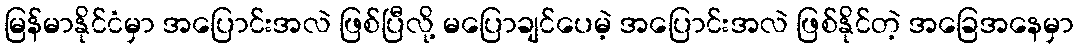
မြန်မာနိုင်ငံမှာ အပြောင်းအလဲ ဖြစ်ပြီလို့ မပြောချင်ပေမဲ့ အပြောင်းအလဲ ဖြစ်နိုင်တဲ့ အခြေအနေမှာ